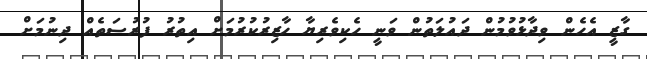
ގާޒީ އެހެން ވިދާޅުވުމުން ދައުލަތުން ވަނީ ހެކިވެރިޔާ ހާޒިރުކުރުމަށް އިތުރު ފުރުސަތެއް ދިނުމަށް